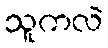
သူကလဲ